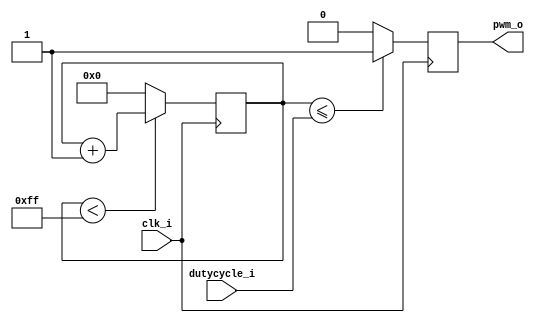
`timescale 1ns / 1ps
//////////////////////////////////////////////////////////////////////////////////
// Company: 
// Engineer: 
// 
// Design Name: 
// Module Name:    PWM_gen 
// Project Name: 
// Target Devices: 
// Tool versions: 
// Description: 
//
// Dependencies: 
//
// Revision: 
// Revision 0.01 - File Created
// Additional Comments: 
//
//////////////////////////////////////////////////////////////////////////////////
module PWM_gen(
    input clk_i,
    input [7:0] dutycycle_i,
    output reg pwm_o = 1'b0
    );

	reg [7:0] counter = 8'd0;
	
	always @(posedge clk_i) begin
		pwm_o <= (counter <= dutycycle_i) ? 1'b1 : 1'b0;
		counter <= (counter < 8'hFF) ? (counter + 8'd1) : 8'd0;
	end

endmodule